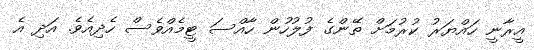
އީރާނީ ހައްޔަރު ކުރުމަށް ތޭންގެ ފުލުހުން ހާއްސަ ޓީމެއްވެސް ހެދިއެވެ. އަދި އެ